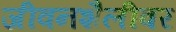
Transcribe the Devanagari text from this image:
जीवनशैलीवर